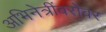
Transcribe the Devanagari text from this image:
अभिनेत्रींबरोबर